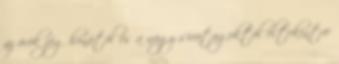
az örök jég honától és a nagy sivatagoktól eltekintve